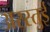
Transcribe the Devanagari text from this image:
अरस्तुई